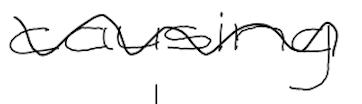
Text: causing
Cross-out: wave
Writing tool: digital_black